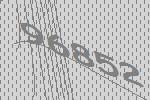
96852